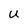
Character: U